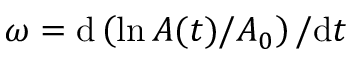
\omega = \mathrm { d } \left( \ln { A ( t ) } / { A _ { 0 } } \right) / \mathrm { d } t